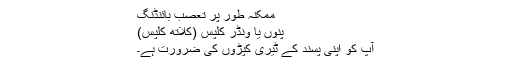
ممکنہ طور پر تعصب بائنڈنگ
پنوں یا ونڈر کلپس (کلاتھ کلپس)
آپ کو اپنی پسند کے ٹیری کپڑوں کی ضرورت ہے۔